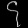
Digit: ၄